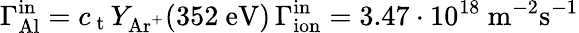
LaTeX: \Gamma_{\mathrm{Al}}^{\mathrm{in}}=c_{\mathrm{~t~}}Y_{\mathrm{Ar^{+}}}(352~\mathrm{eV})\, \Gamma_{\mathrm{ion}}^{\mathrm{in}}=3.47\cdot 10^{18}~\mathrm{m}^{-2}\mathrm{s}^{-1}